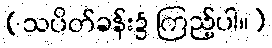
(သပိတ်ခန်း၌ ကြည့်ပါ။)